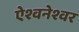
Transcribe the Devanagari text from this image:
ऐश्वनेश्वर